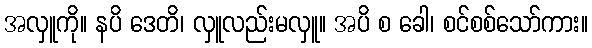
အလှူကို။ နပိ ဒေတိ၊ လှူလည်းမလှူ။ အပိ စ ခေါ၊ စင်စစ်သော်ကား။